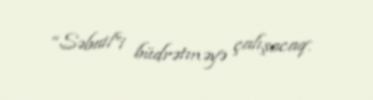
“Səbail”i büdrətməyə çalışacaq.